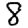
Digit: 8